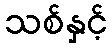
သစ်နှင့်